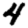
Digit: 4